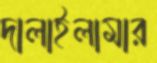
দালাইলামার